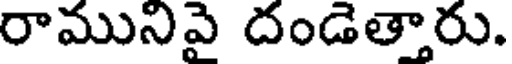
రామునిపై దండెత్తారు.